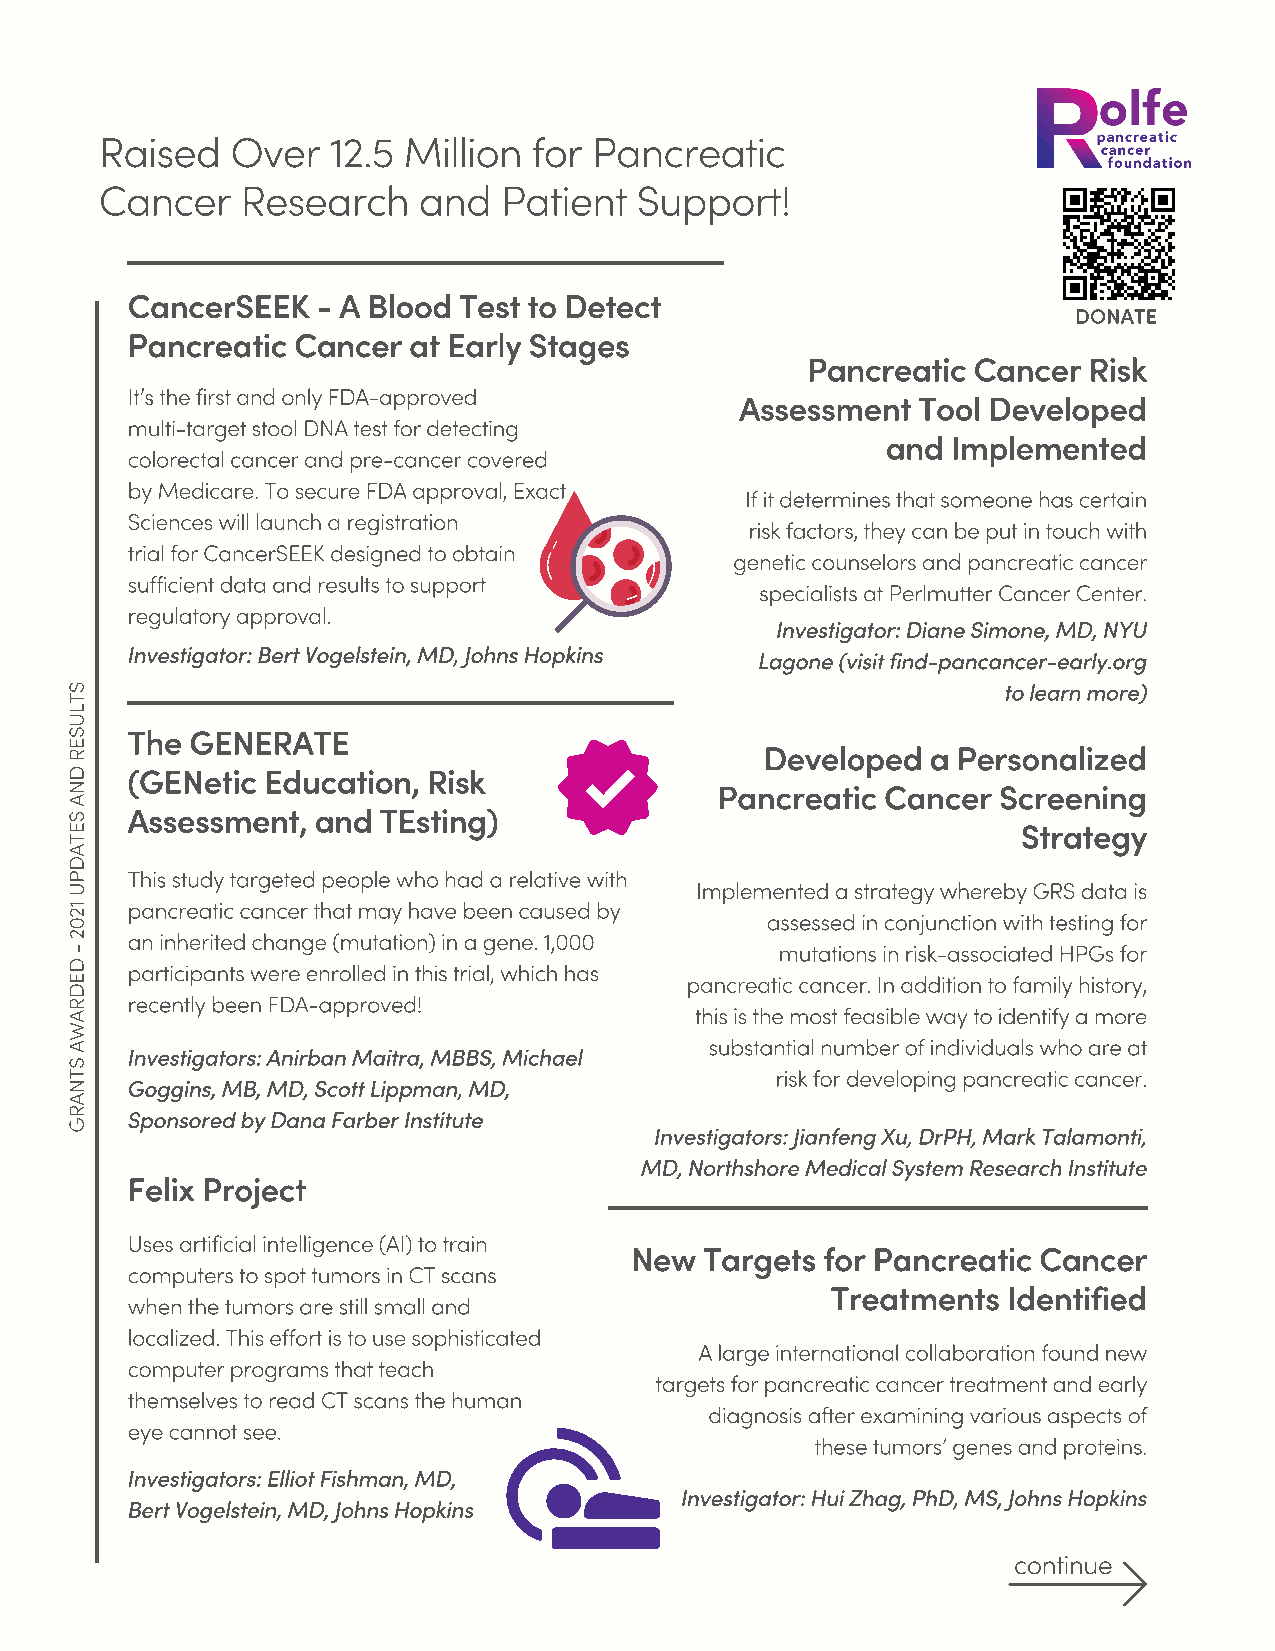
Raised  Over   12.5 Million for Pancreatic
 Cancer   Research    and  Patient  Support!
 CancerSEEK   - A Blood Test to Detect
 DONATE
 Pancreatic Cancer  at Early Stages
 Pancreatic Cancer  Risk
 It’s the first and only FDA-approved     Assessment  Tool Developed
 multi-target stool DNA test for detecting
 and Implemented
 colorectal cancer and pre-cancer covered
 by Medicare. To secure FDA approval, Exact
 If it determines that someone has certain
 Sciences will launch a registration
 risk factors, they can be put in touch with
 trial for CancerSEEK designed to obtain
 genetic counselors and pancreatic cancer
 sufficient data and results to support
 specialists at Perlmutter Cancer Center.
 regulatory approval.
 Investigator: Diane Simone, MD, NYU
 Investigator: Bert Vogelstein, MD, Johns Hopkins
 Lagone (visit find-pancancer-early.org
 S                                                             to learn more)
 T
 L
 U
 S   The  GENERATE
 E                                              Developed  a Personalized
 R
 D   (GENetic Education, Risk
 N                                          Pancreatic  Cancer Screening
 A   Assessment,  and TEsting)
 S                                                               Strategy
 E
 T
 A
 D
 P   This study targeted people who had a relative with Implemented a strategy whereby GRS data is
 U
 1   pancreatic cancer that may have been caused by
 2                                              assessed in conjunction with testing for
 0
 2   an inherited change (mutation) in a gene. 1,000
 -                                               mutations in risk-associated HPGs for
 D   participants were enrolled in this trial, which has
 E                                        pancreatic cancer. In addition to family history,
 D   recently been FDA-approved!
 R                                         this is the most feasible way to identify a more
 A
 W
 substantial number of individuals who are at
 A   Investigators: Anirban Maitra, MBBS, Michael
 S
 NT  Goggins, MB, MD, Scott Lippman, MD,        risk for developing pancreatic cancer.
 A
 R   Sponsored by Dana Farber Institute
 G                                      Investigators: Jianfeng Xu, DrPH, Mark Talamonti,
 MD, Northshore Medical System Research Institute
 Felix Project
 Uses artificial intelligence (AI) to train
 New  Targets for Pancreatic Cancer
 computers to spot tumors in CT scans
 Treatments  Identified
 when the tumors are still small and
 localized. This effort is to use sophisticated
 A large international collaboration found new
 computer programs that teach
 targets for pancreatic cancer treatment and early
 themselves to read CT scans the human
 diagnosis after examining various aspects of
 eye cannot see.
 these tumors’ genes and proteins.
 Investigators: Elliot Fishman, MD,
 Investigator: Hui Zhag, PhD, MS, Johns Hopkins
 Bert Vogelstein, MD, Johns Hopkins
 continue